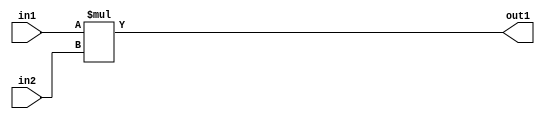
`timescale 1ps / 1ps
/*****************************************************************************
    Verilog RTL Description
    
    
    Created by: Stratus DpOpt 2019.1.01 
*******************************************************************************/

module pw_feature_addr_gen_Mul_16Ux16U_16U_4 (
	in2,
	in1,
	out1
	); /* architecture "behavioural" */ 
input [15:0] in2,
	in1;
output [15:0] out1;
wire [15:0] asc001;

assign asc001 = 
	+(in1 * in2);

assign out1 = asc001;
endmodule

/* CADENCE  ubHxTgk= : u9/ySgnWtBlWxVPRXgAZ4Og= ** DO NOT EDIT THIS LINE ******/